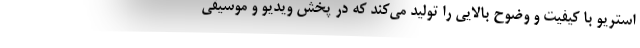
استریو با کیفیت و وضوح بالایی را تولید می‌کند که در پخش ویدیو و موسیقی